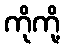
ကိုကို့